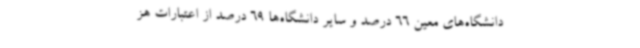
دانشگاه‌های معین 66 درصد و سایر دانشگاه‌ها 69 درصد از اعتبارات هز